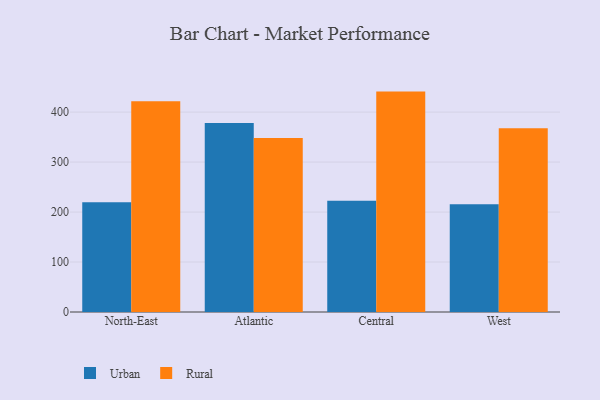
{"axis": {"x": "Region", "y": "Backlog"}, "legend": ["Rural", "Urban"], "data": [{"x": "North-East", "y": 219.6, "type": "Urban"}, {"x": "North-East", "y": 421.8, "type": "Rural"}, {"x": "Atlantic", "y": 378.4, "type": "Urban"}, {"x": "Atlantic", "y": 348.4, "type": "Rural"}, {"x": "Central", "y": 222.7, "type": "Urban"}, {"x": "Central", "y": 441.0, "type": "Rural"}, {"x": "West", "y": 215.6, "type": "Urban"}, {"x": "West", "y": 367.8, "type": "Rural"}]}